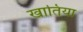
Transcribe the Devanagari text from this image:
खातिया